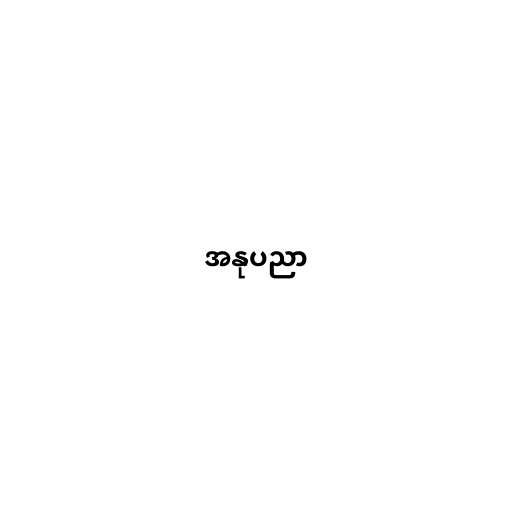
အနုပညာ